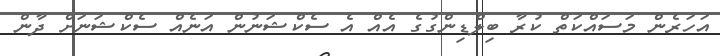
އަހަރެން މަސައްކަތް ކުރާ ބިލްޑިންގުގެ އެއް އެ ސެކްޝަނުން އަނެއް ސެކްޝަނަށް ދާން